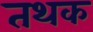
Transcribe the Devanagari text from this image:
तथक